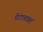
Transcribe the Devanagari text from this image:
पेटंटबाबत